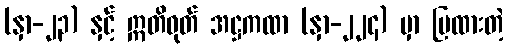
(နှာ-၂၃) နှင့် ဣတိဝုတ် အဋ္ဌကထာ (နှာ-၂၂၄) မှာ ပြထားတဲ့